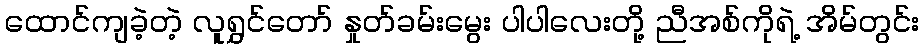
ထောင်ကျခဲ့တဲ့ လူရွှင်တော် နှုတ်ခမ်းမွေး ပါပါလေးတို့ ညီအစ်ကိုရဲ့ အိမ်တွင်း